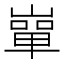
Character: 𡼤